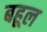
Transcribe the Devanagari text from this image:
बहूल